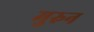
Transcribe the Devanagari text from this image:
मुरुन